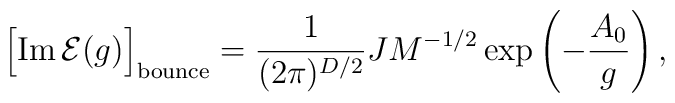
\Bigl[{\rm Im}\,{\cal E}(g)\Bigr]_{\rm bounce}=   \frac{1}{(2\pi)^{D/2}}JM^{-1/2}   \exp\left(-\frac{A_0}{g}\right),